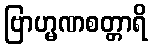
ဗြာဟ္မဏစတ္တာရိ